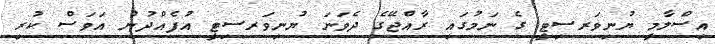
އިސްލާމީ ޔުނިވަރސިޓީ ގެ ނަމުގައި ރާއްޖޭގެ ދެވަނަ ޔުނިވަރސިޓީ އުފެއްދުން އަވަސް ކުރި